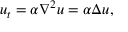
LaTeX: u _ { t } = \alpha \nabla ^ { 2 } u = \alpha \Delta u , \quad